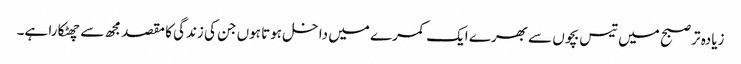
زیادہ تر صبح میں تیس بچوں سے بھرے ایک کمرے میں داخل ہوتا ہوں جن کی زندگی کا مقصد مجھ سے چھٹکارا ہے۔